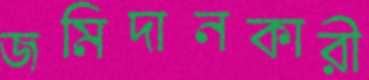
জমিদানকারী